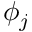
\phi _ { j }